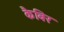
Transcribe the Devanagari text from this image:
कैबिर